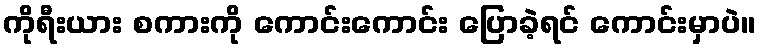
ကိုရီးယား စကားကို ကောင်းကောင်း ပြောခဲ့ရင် ကောင်းမှာပဲ။